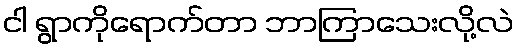
ငါ ရွာကိုရောက်တာ ဘာကြာသေးလို့လဲ